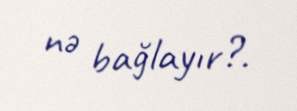
nə bağlayır?.